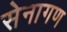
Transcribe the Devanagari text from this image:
सेनागण